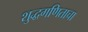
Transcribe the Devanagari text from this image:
शुद्धगणिताचा